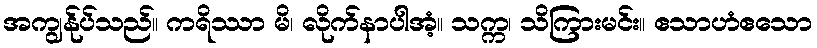
အကျွန်ုပ်သည်။ ကရိဿာ မိ၊ လိုက်နာပါအံ့။ သက္က၊ သိကြားမင်း။ ဧသာဟံဧသော